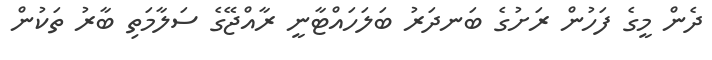
ދެން މީގެ ފަހުން ރަށުގެ ބަނދަރު ބަލަހައްޓާނީ ރާއްޖޭގެ ސަލާމަތި ބާރު ތަކުން